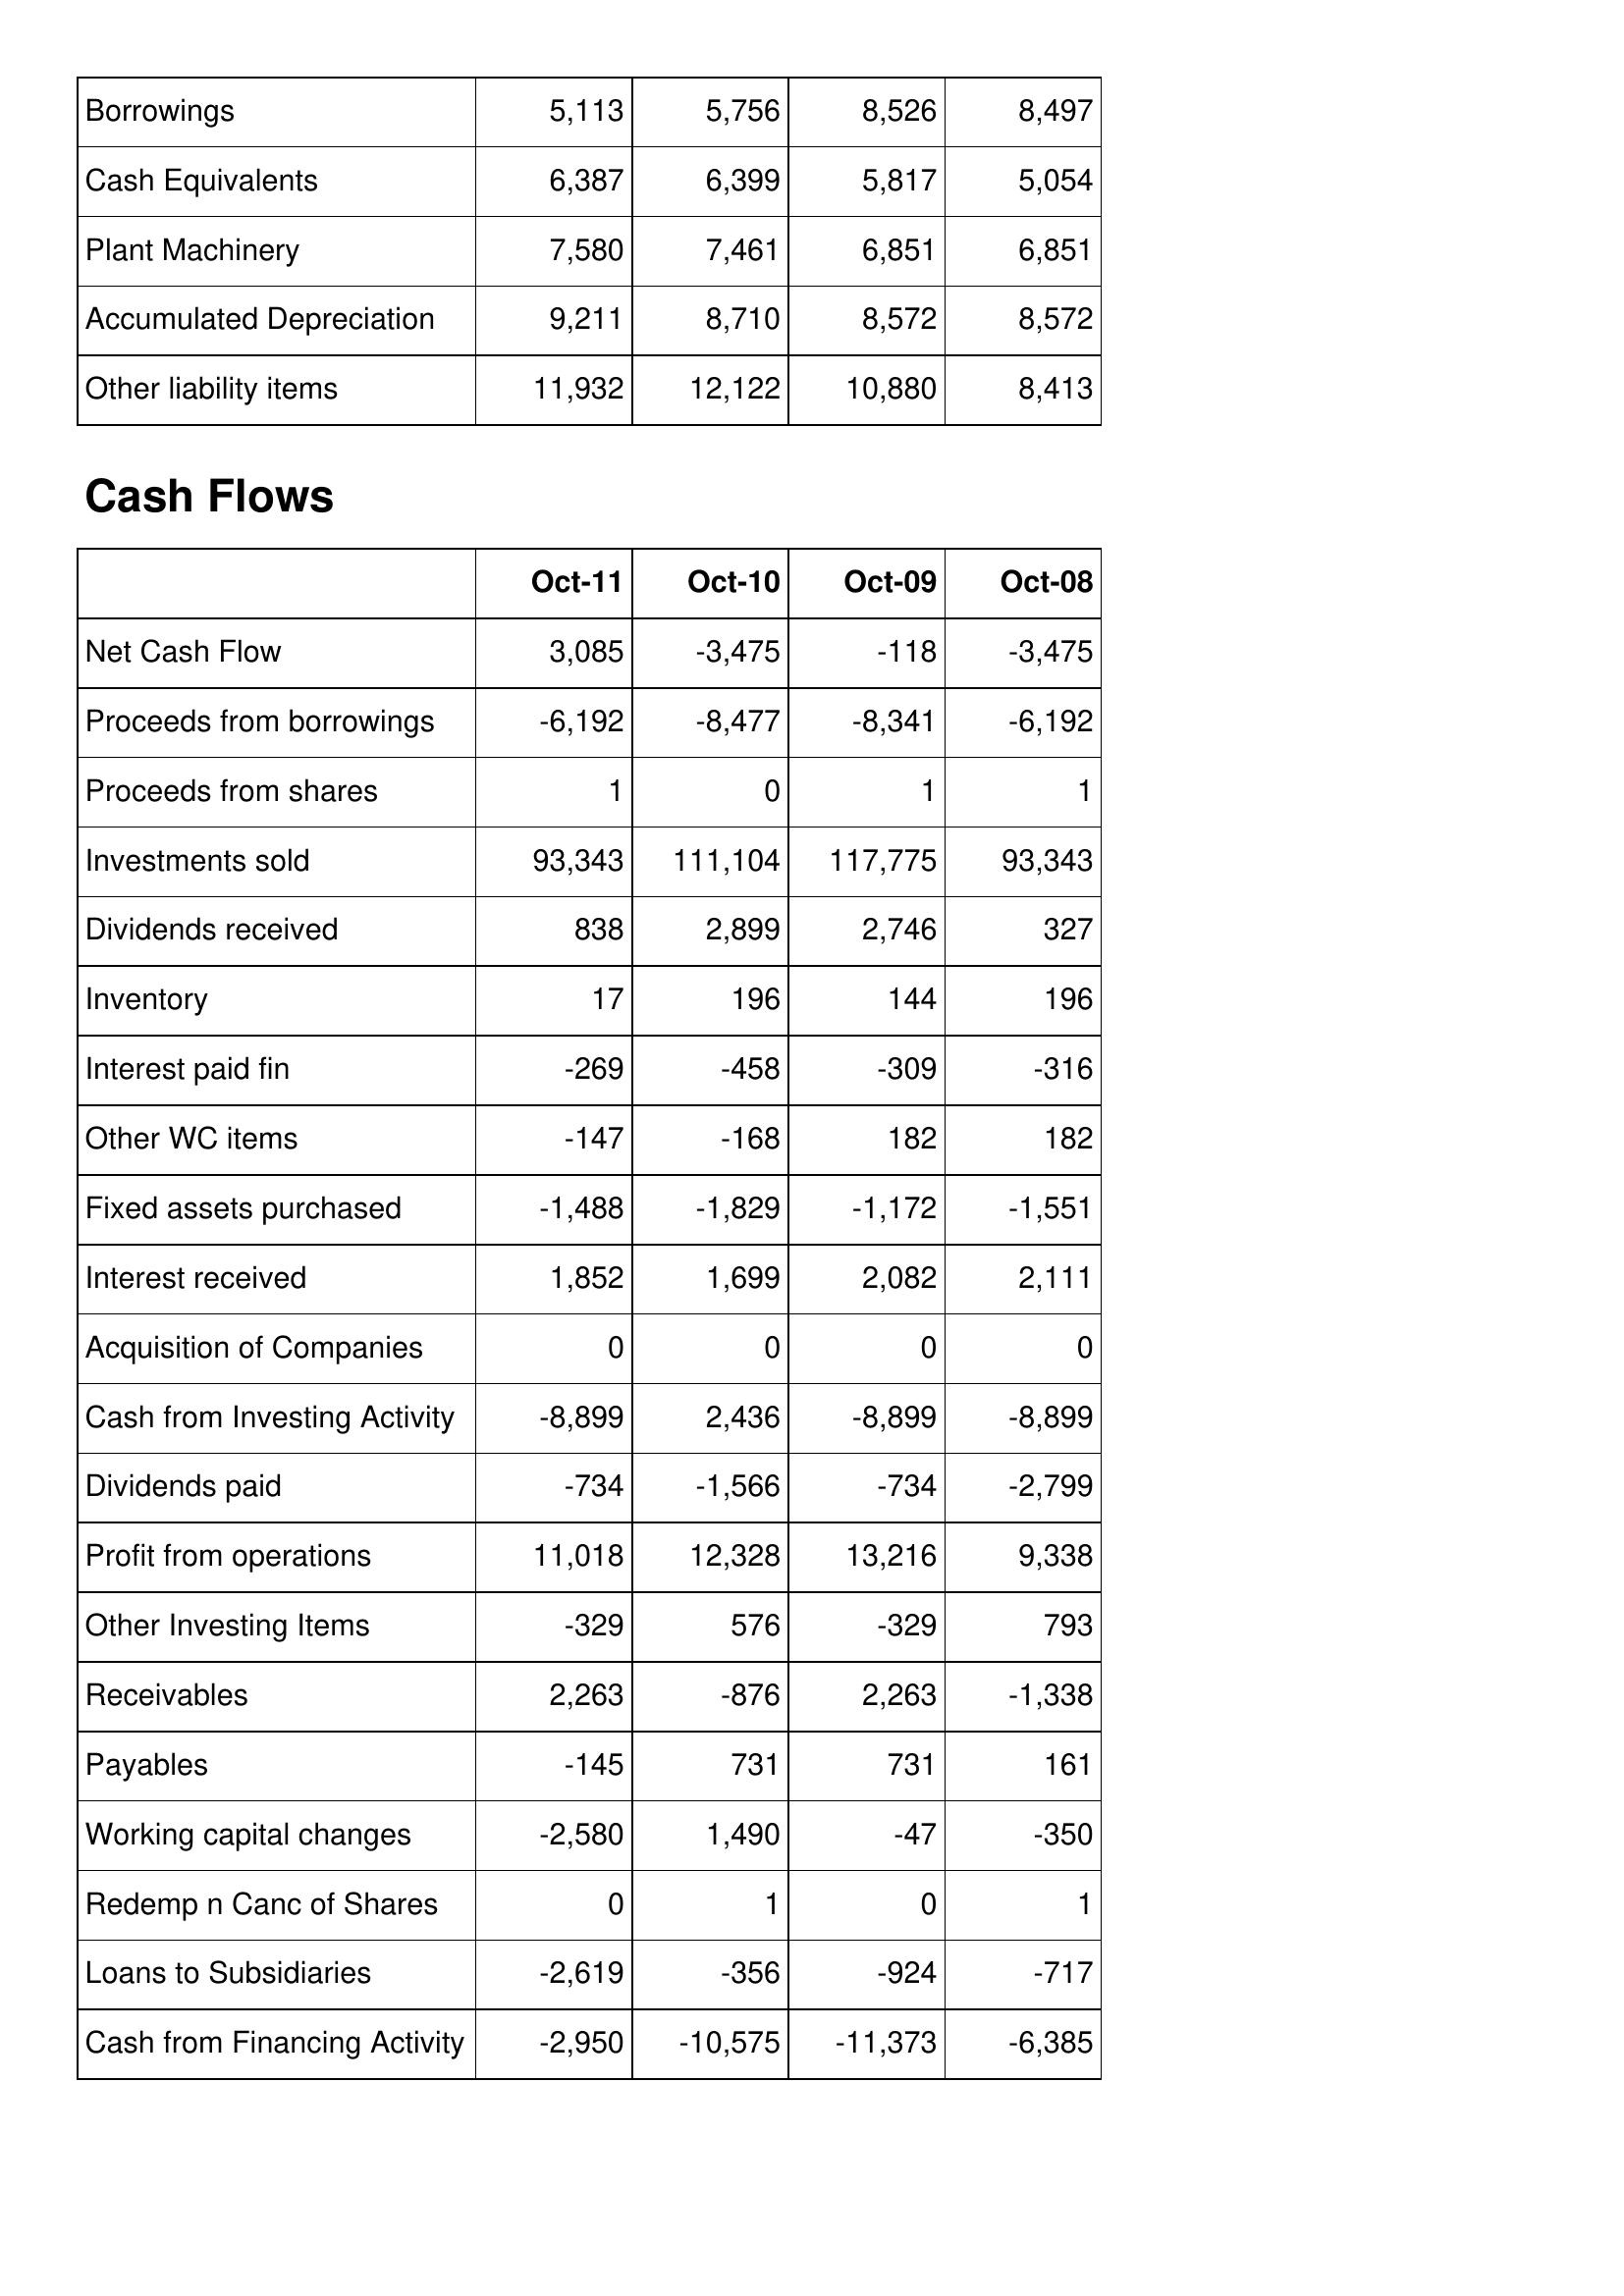
Oct-11: Balance Sheet: Borrowings: 5,113
Cash Equivalents: 6,387
Plant Machinery: 7,580
Accumulated Depreciation: 9,211
Other liability items: 11,932
Cash Flows: Net Cash Flow: 3,085
Proceeds from borrowings: -6,192
Proceeds from shares: 1
Investments sold: 93,343
Dividends received: 838
Inventory: 17
Interest paid fin: -269
Other WC items: -147
Fixed assets purchased: -1,488
Interest received: 1,852
Acquisition of Companies: 0
Cash from Investing Activity: -8,899
Dividends paid: -734
Profit from operations: 11,018
Other Investing Items: -329
Receivables: 2,263
Payables: -145
Working capital changes: -2,580
Redemp n Canc of Shares: 0
Loans to Subsidiaries: -2,619
Cash from Financing Activity: -2,950
Oct-10: Balance Sheet: Borrowings: 5,756
Cash Equivalents: 6,399
Plant Machinery: 7,461
Accumulated Depreciation: 8,710
Other liability items: 12,122
Cash Flows: Net Cash Flow: -3,475
Proceeds from borrowings: -8,477
Proceeds from shares: 0
Investments sold: 111,104
Dividends received: 2,899
Inventory: 196
Interest paid fin: -458
Other WC items: -168
Fixed assets purchased: -1,829
Interest received: 1,699
Acquisition of Companies: 0
Cash from Investing Activity: 2,436
Dividends paid: -1,566
Profit from operations: 12,328
Other Investing Items: 576
Receivables: -876
Payables: 731
Working capital changes: 1,490
Redemp n Canc of Shares: 1
Loans to Subsidiaries: -356
Cash from Financing Activity: -10,575
Oct-09: Balance Sheet: Borrowings: 8,526
Cash Equivalents: 5,817
Plant Machinery: 6,851
Accumulated Depreciation: 8,572
Other liability items: 10,880
Cash Flows: Net Cash Flow: -118
Proceeds from borrowings: -8,341
Proceeds from shares: 1
Investments sold: 117,775
Dividends received: 2,746
Inventory: 144
Interest paid fin: -309
Other WC items: 182
Fixed assets purchased: -1,172
Interest received: 2,082
Acquisition of Companies: 0
Cash from Investing Activity: -8,899
Dividends paid: -734
Profit from operations: 13,216
Other Investing Items: -329
Receivables: 2,263
Payables: 731
Working capital changes: -47
Redemp n Canc of Shares: 0
Loans to Subsidiaries: -924
Cash from Financing Activity: -11,373
Oct-08: Balance Sheet: Borrowings: 8,497
Cash Equivalents: 5,054
Plant Machinery: 6,851
Accumulated Depreciation: 8,572
Other liability items: 8,413
Cash Flows: Net Cash Flow: -3,475
Proceeds from borrowings: -6,192
Proceeds from shares: 1
Investments sold: 93,343
Dividends received: 327
Inventory: 196
Interest paid fin: -316
Other WC items: 182
Fixed assets purchased: -1,551
Interest received: 2,111
Acquisition of Companies: 0
Cash from Investing Activity: -8,899
Dividends paid: -2,799
Profit from operations: 9,338
Other Investing Items: 793
Receivables: -1,338
Payables: 161
Working capital changes: -350
Redemp n Canc of Shares: 1
Loans to Subsidiaries: -717
Cash from Financing Activity: -6,385